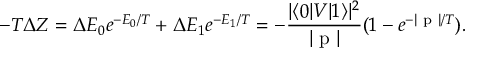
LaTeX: - T \Delta Z = \Delta E _ { 0 } e ^ { - E _ { 0 } / T } + \Delta E _ { 1 } e ^ { - E _ { 1 } / T } = - { \frac { | \langle 0 | V | 1 \rangle | ^ { 2 } } { | \mathrm { \boldmath ~ p ~ } | } } ( 1 - e ^ { - | \mathrm { \boldmath ~ p ~ } | / T } ) .